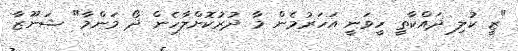
"ޒީ ކުލި ދައްކާތީ ހީވަނީ އަހަރުމެން މާ ދުރުކޮށްލާހެން ދޯ މަންމާ" ޝަނޫޒާ